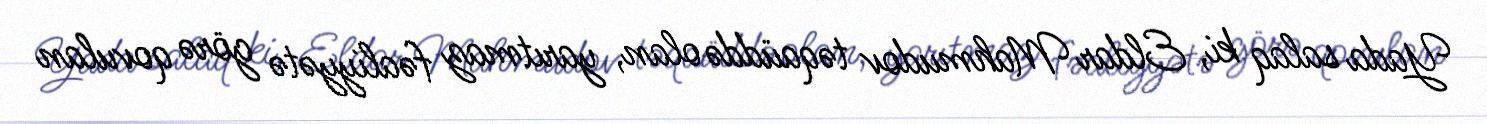
Yada salaq ki, Eldar Mahmudov təqaüddə olan, yarıtmaz fəaliyyətə görə qovulan